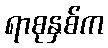
ရာစုနှစ်က